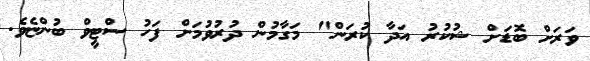
ވަރަށް ބޮޑަށް ޝުކުރު އަދާ ކުރަން" މަގާމުން ދުރުވުމަށް ފަހު ސްޓީވް ބުންޏެވެ.